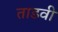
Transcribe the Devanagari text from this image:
ताडवी